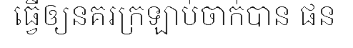
ធ្វើឲ្យនគរក្រឡាប់ចាក់បាន ផន